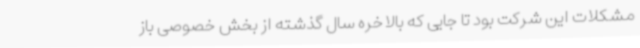
مشکلات این شرکت بود تا جایی که بالاخره سال گذشته از بخش خصوصی باز